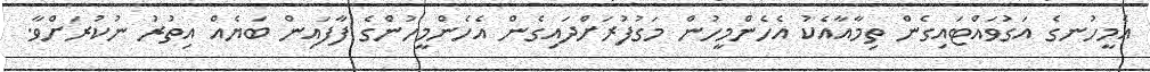
އެމީހުނގެ އަގުވައްޓައިގެން ތިމާއާއެކު އެހެންމީހުން މަގުފުރަށްދައިގެން އެހެންމީހުންގެ ފާފައިން ބަޔެއް އިތުރު ނުކުރަށްވާ.